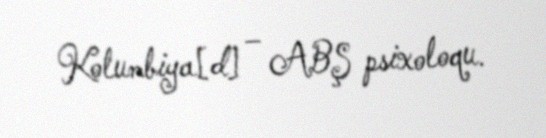
Kolumbiya[d] – ABŞ psixoloqu.